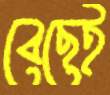
বেছেই